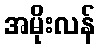
အမိုးလန်